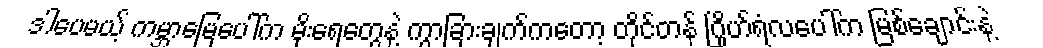
ဒါပေမယ့် ကမ္ဘာမြေပေါ်က မိုးရေတွေနဲ့ ကွာခြားချက်ကတော့ တိုင်တန် ဂြိုဟ်ရံလပေါ်က မြစ်ချောင်းနဲ့